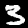
Digit: 3